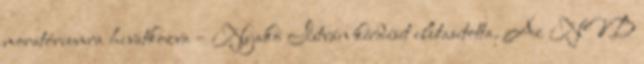
moratóriumra hivatkozva – Nyakó István kérdését elutasította. Az NVB